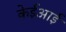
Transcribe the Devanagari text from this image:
केईआई